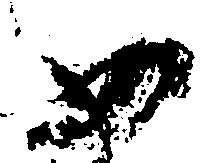
如